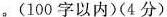
。(100字以内)(4分)